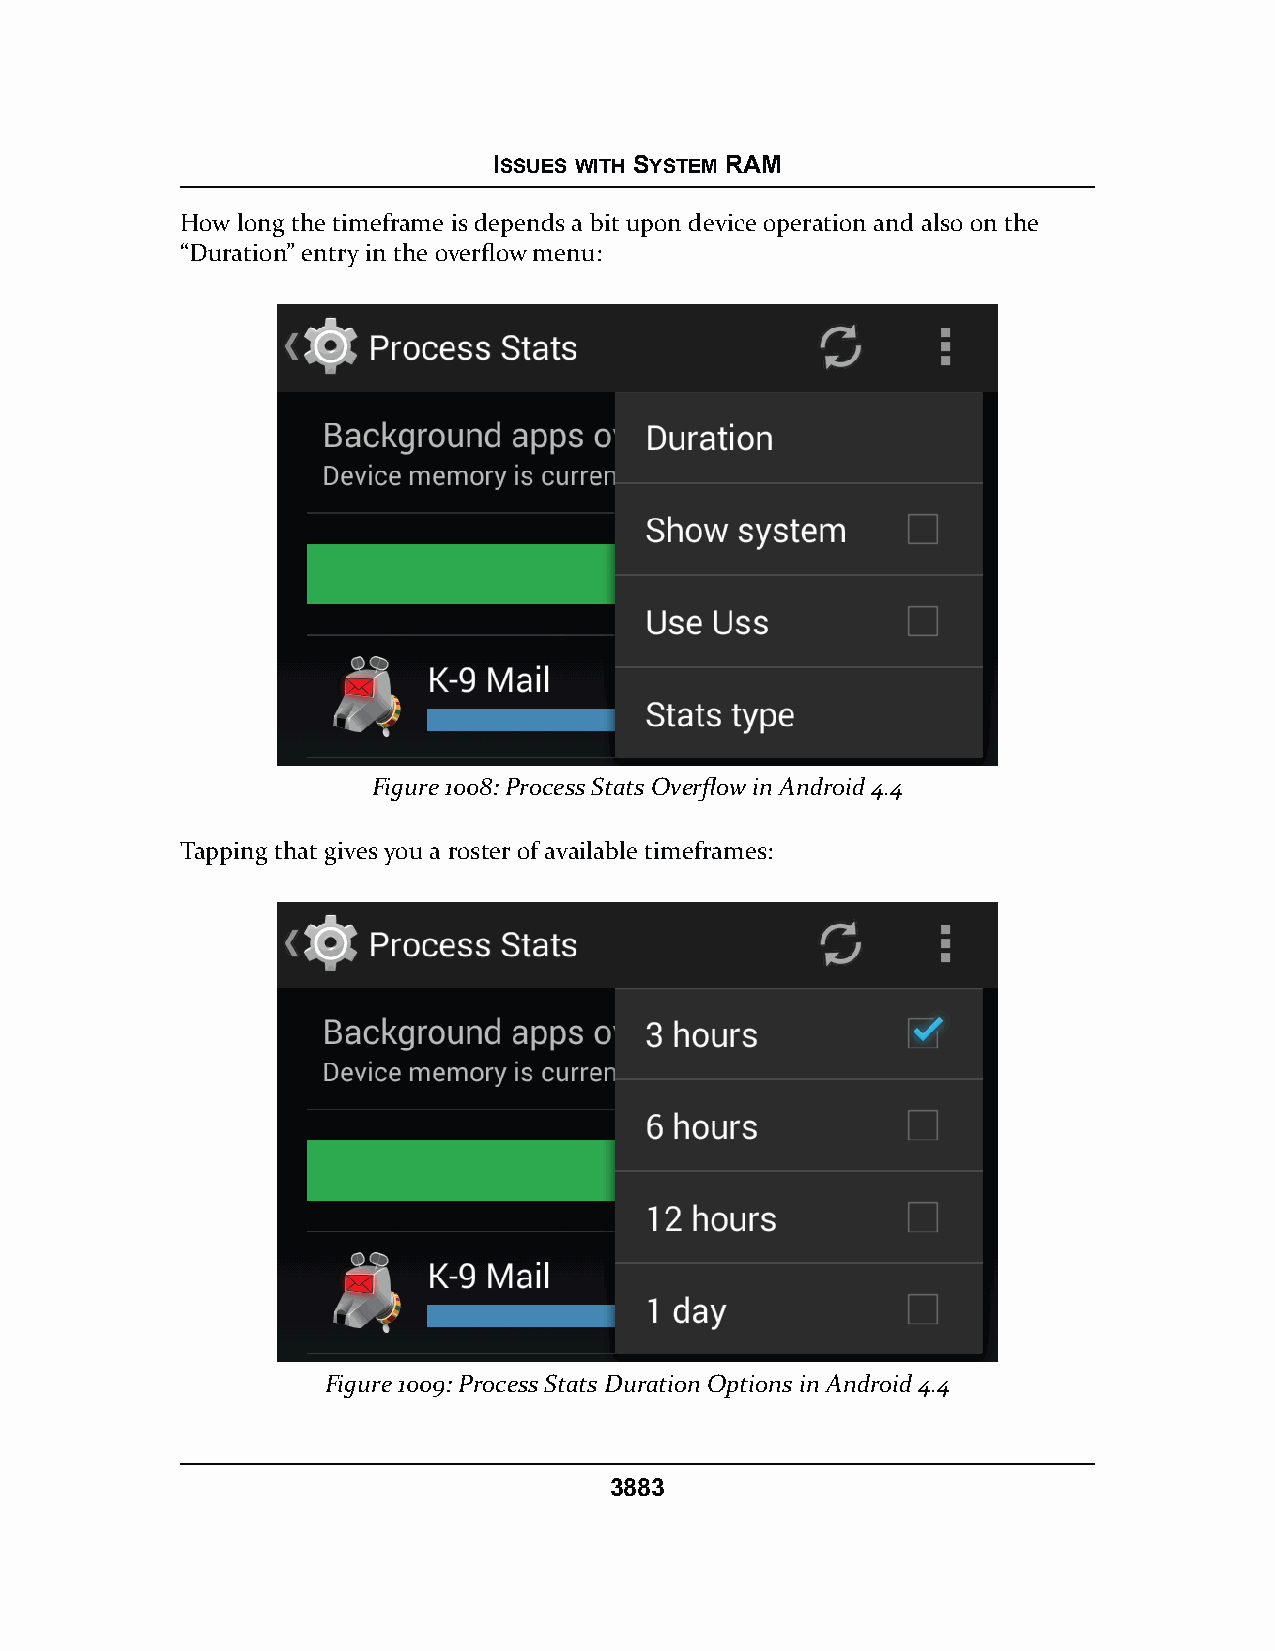
ISSUES WITH SYSTEM RAM
 How long the timeframe is depends a bit upon device operation and also on the
 “Duration” entry in the overflow menu:
 Figure 1008: Process Stats Overflow in Android 4.4
 Tapping that gives you a roster of available timeframes:
 Figure 1009: Process Stats Duration Options in Android 4.4
 3883